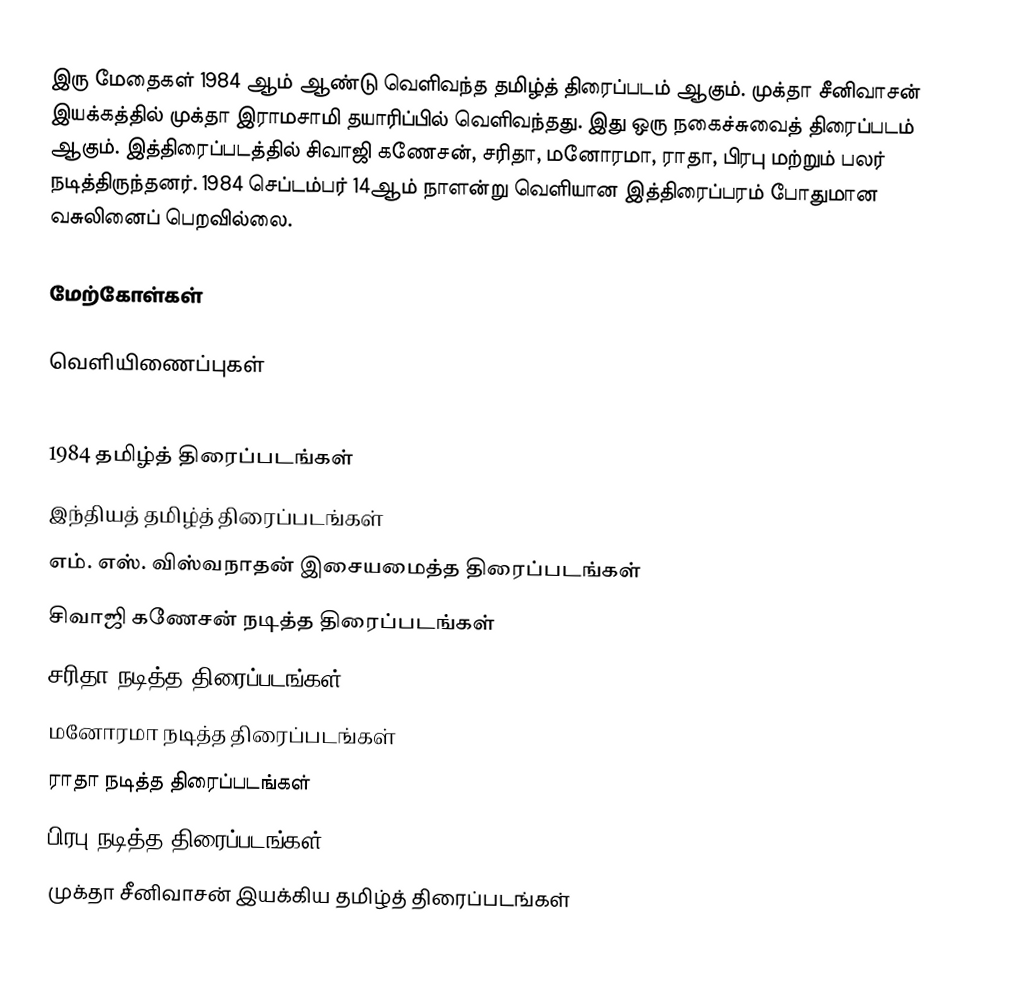
இரு மேதைகள் 1984 ஆம் ஆண்டு வெளிவந்த தமிழ்த் திரைப்படம் ஆகும். முக்தா சீனிவாசன் இயக்கத்தில் முக்தா இராமசாமி தயாரிப்பில் வெளிவந்தது. இது ஒரு நகைச்சுவைத் திரைப்படம் ஆகும். இத்திரைப்படத்தில் சிவாஜி கணேசன், சரிதா, மனோரமா, ராதா, பிரபு மற்றும் பலர் நடித்திருந்தனர். 1984 செப்டம்பர் 14ஆம் நாளன்று வெளியான இத்திரைப்பரம் போதுமான வசுலினைப் பெறவில்லை.

மேற்கோள்கள்

வெளியிணைப்புகள்

1984 தமிழ்த் திரைப்படங்கள்
இந்தியத் தமிழ்த் திரைப்படங்கள்
எம். எஸ். விஸ்வநாதன் இசையமைத்த திரைப்படங்கள்
சிவாஜி கணேசன் நடித்த திரைப்படங்கள்
சரிதா நடித்த திரைப்படங்கள்
மனோரமா நடித்த திரைப்படங்கள்
ராதா நடித்த திரைப்படங்கள்
பிரபு நடித்த திரைப்படங்கள்
முக்தா சீனிவாசன் இயக்கிய தமிழ்த் திரைப்படங்கள்